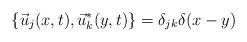
LaTeX: \begin{align*} \{ \vec{u}_j(x,t), \vec{u}_k^*(y,t)\} = \delta_{jk} \delta(x-y)\end{align*}